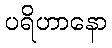
ပရိဟာနော